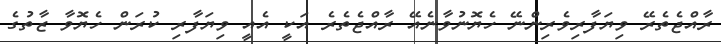
ރާއްޖެތެރޭ ވިޔަފާރިވެރިންނޭ ހެޔޮނުވާނެއޭ ރާއްޖެތެރެ އަކީ އެއީ ވިޔަފާރި ކުރަން ހެޔޮވާ ޒާތުގެ